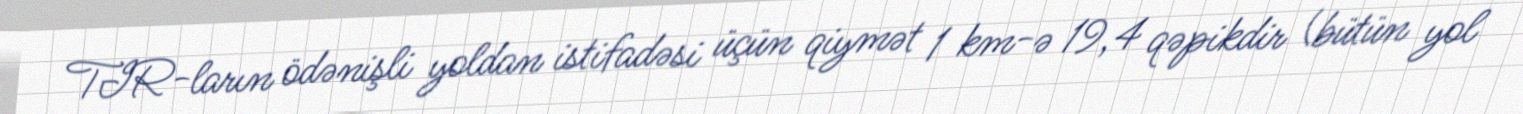
TIR-ların ödənişli yoldan istifadəsi üçün qiymət 1 km-ə 19,4 qəpikdir (bütün yol